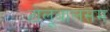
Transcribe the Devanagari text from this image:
टोलूबालसम